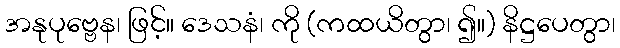
အနုပုဗ္ဗေန၊ ဖြင့်။ ဒေသနံ၊ ကို (ကထယိတွာ၊ ၍။) နိဋ္ဌပေတွာ၊